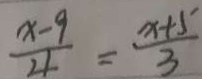
\frac { x - 9 } { 4 } = \frac { x + 5 } { 3 }